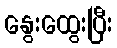
နွေးထွေးပြီး